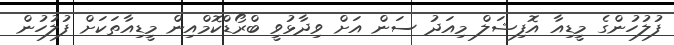
ފުލުހުންގެ މީޑިއާ އޮފިޝަލް މިއަދު ސަން އަށް ވިދާޅުވީ ބްރޯޑްކޮމްއިން މީޑިއާތަކަށް ފުލުހުން